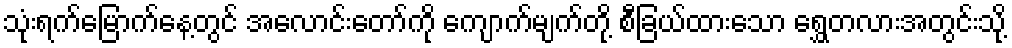
သုံးရက်မြောက်နေ့တွင် အလောင်းတော်ကို ကျောက်မျက်တို့ စီခြယ်ထားသော ရွှေတလားအတွင်းသို့